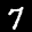
Label: 7